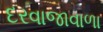
દરવાજાવાળા